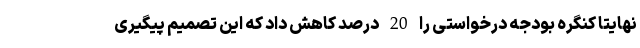
نهایتا کنگره بودجه درخواستی را 20 درصد کاهش داد که این تصمیم پیگیری